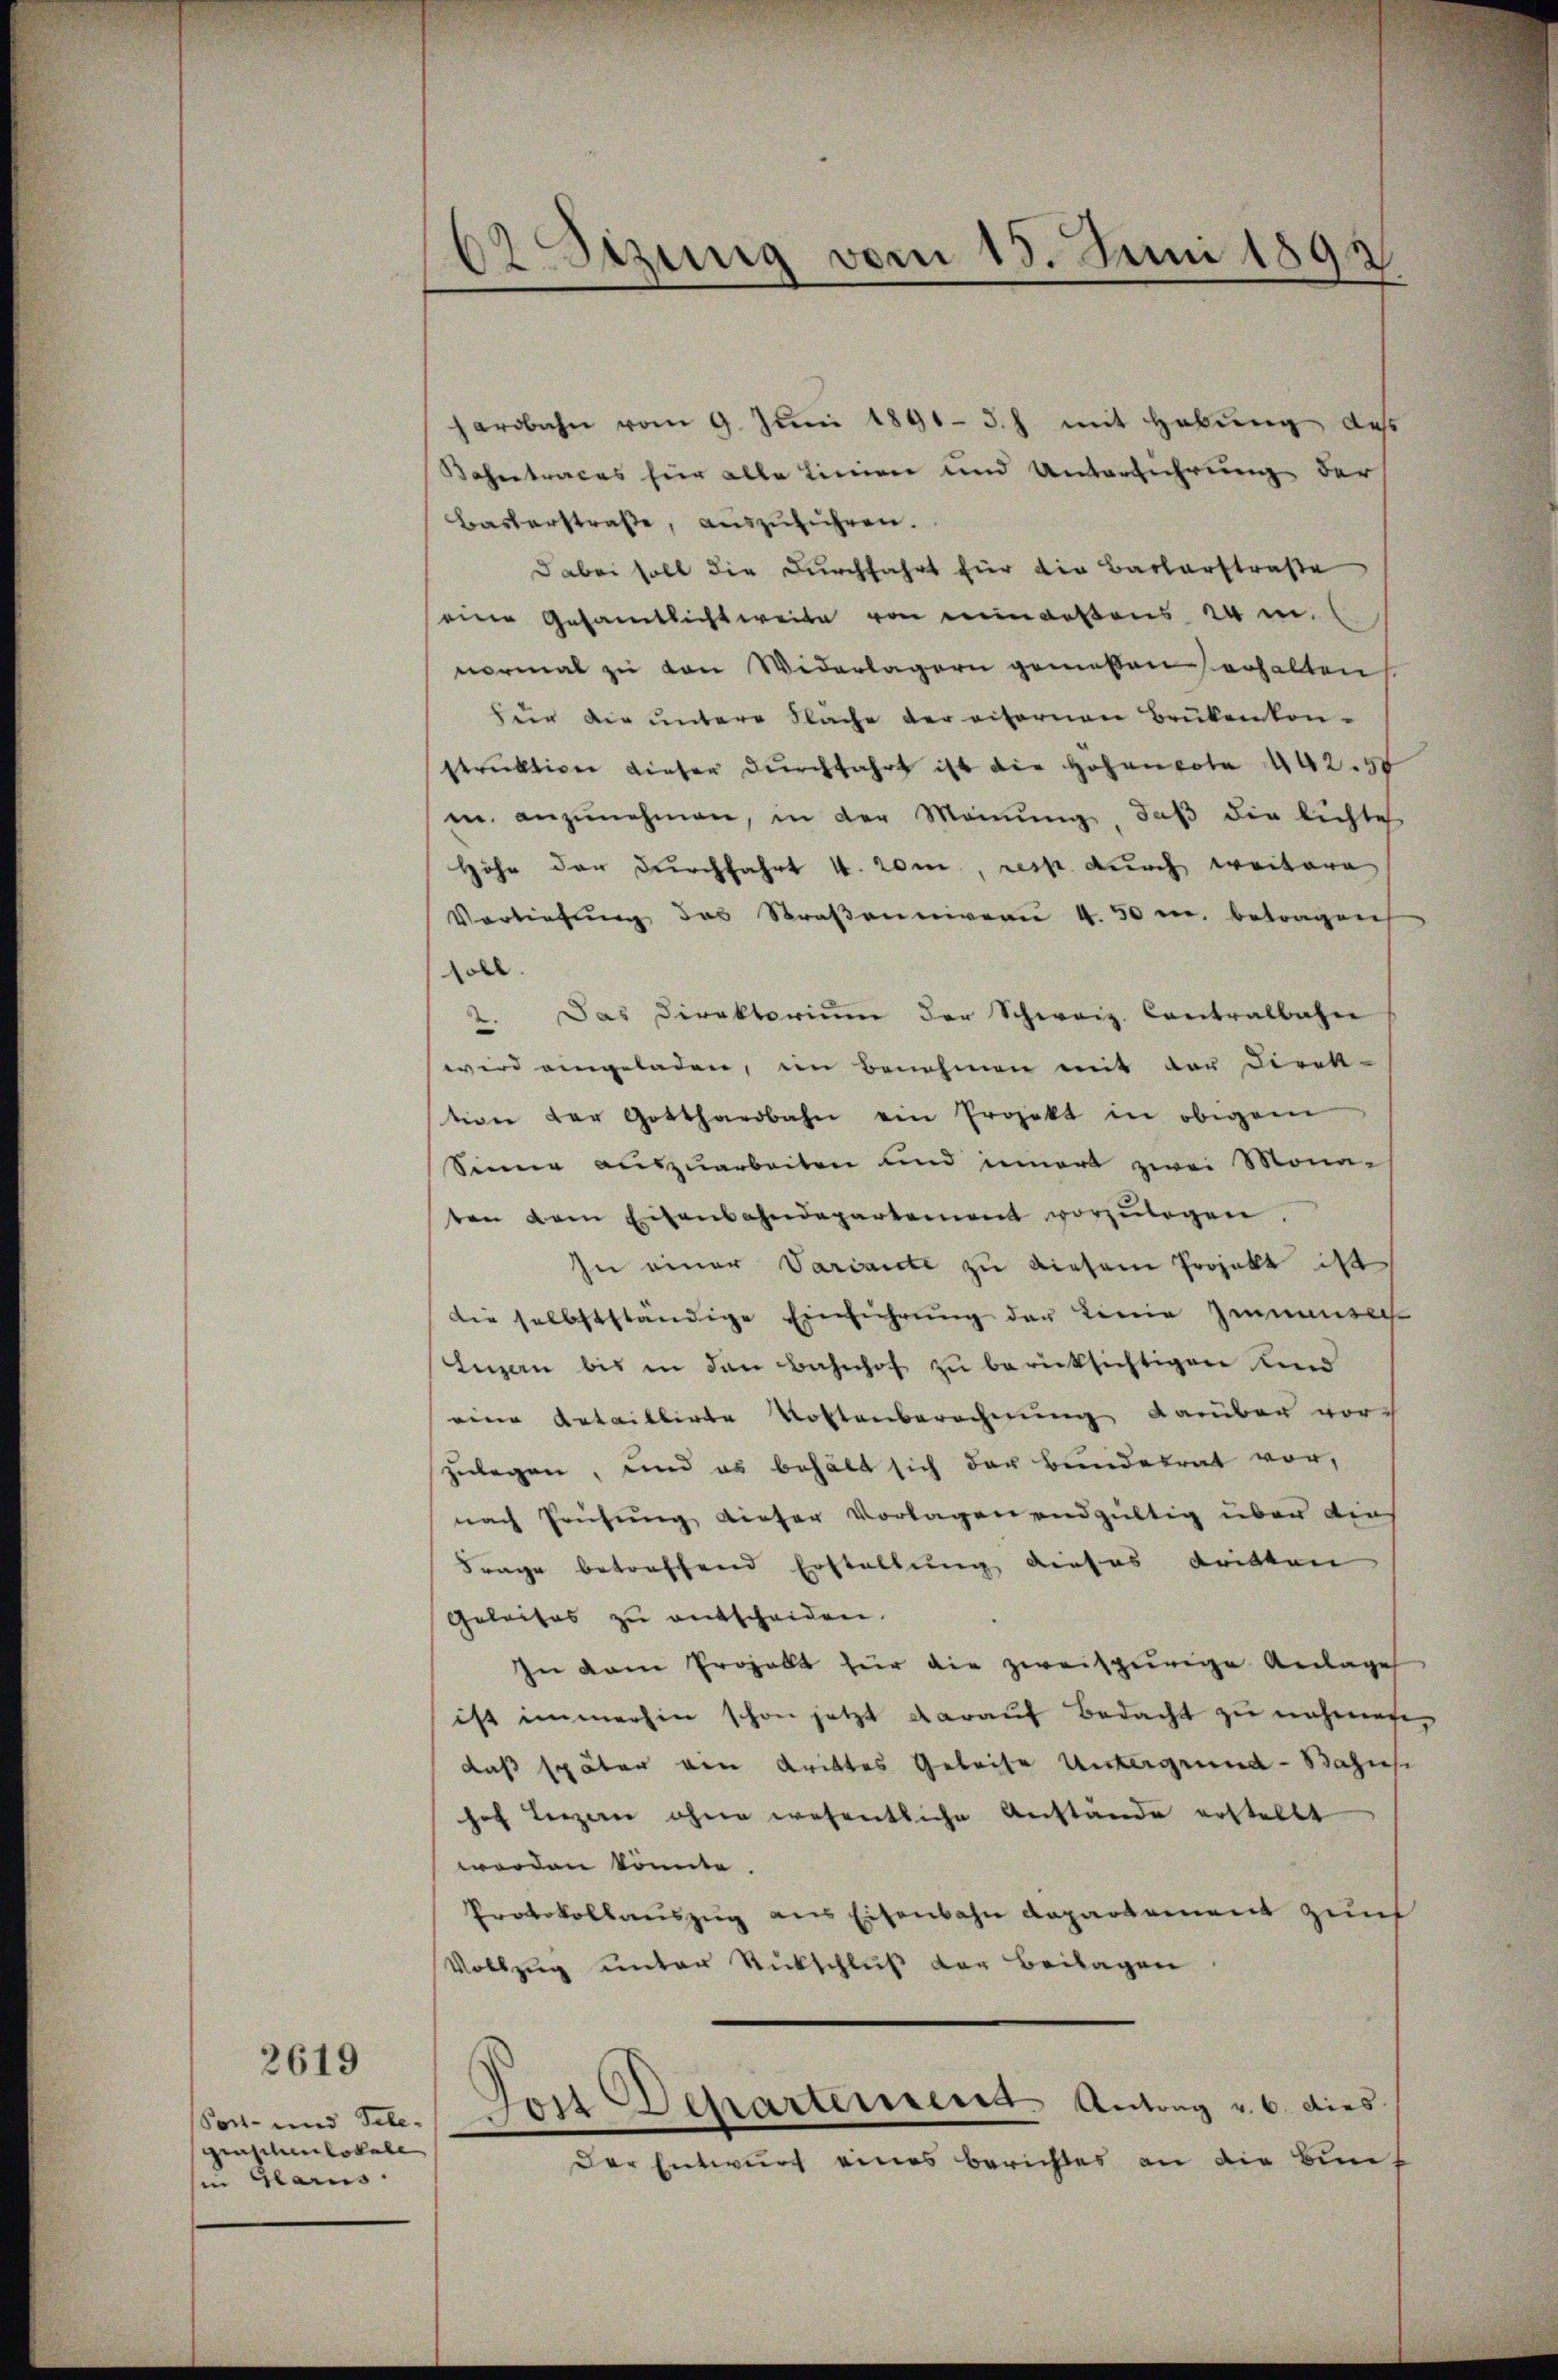
Sost- und Sele-
graschenlokale
hin Glarus.

2619

62 Sizung vom 15. Juni 1891

hardbahn vom 9. Juni 1891 S. J. mit Hebung des
Bahentraces für alle Linien und Unterführung der
Basterstraβe, aŭszŭführen.
Dabei soll die Durchfahrt für die Barkerstraße
eine Gesamtlicht weite von meindestens 24 in
normal zu von Widerlagern gemessen erhalten
für die ŭntere Fläche der eiternen Brükenkon-
strŭktion dieser dŭrchfahrt ist die Hohen vota 442. 40
m. anzŭnehmen, in der Meinung, daß die lichte
Höhe der durchfahrt 4. rom., resp. durch weitere
Vertiefŭng des Straβenniveaŭ 4.50 m. betragen
soll.
2. Das Direktorium der Schweiz. Contralbahn
wird eingeladen, im Benehmen mit der Direk-
tion der Gotthardbahn ein Projekt in obigem
Sinne auszuarbeiten und innert zwei Mona-
ten dem Eisenbahndepartement vorzŭlegen.
In einer Variante zu diesem Projekt ist
die selbstständige Einführung der Linie Zemensch
Luzern bis in den Bahnhof zu berücksichtigen und
eine detaillirte Kostenberechnung darüber vor
zulegen, und es behält sich der Bunderrat vor,
nach Prüfung dieser Vorlagen endgültig über die
Frage betreffend Erstellung dieses dritten
Geleises zu entscheiden.
In dem Erhalt für die zweispurige Anlage
ist immerhin schon jetzt darauf Bedacht zu nahmege,
das später ein Krittes Geleise Untergrund - Bahise
hof Luzern ohne wesentliche Anstände erstellt
worden könnte.
Protokollauszug aus Eisenbahn Repartement zunf
Vollzug unter Rückschluß der Beilagen
Post Departement. Antrag v. 6. dies
Der Entwurf eines Berichtes an die Bun¬